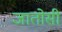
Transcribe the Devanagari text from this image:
जातोसी